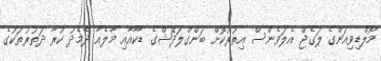
މޯލްޑިވިއަންގެ ލަގެޖް އެލަވެންސް އިތުރުކޮށް ބަންގްލަދޭޝްގެ ޑާކާއާއި މާލެއާ ދެމެދު ކުރާ ދަތުރުތަކުގެ